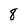
Character: 8